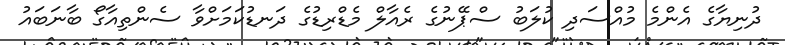
ދުނިޔާގެ އެންމެ މުއްސަދި ކުލަބު ސްޕޭނުގެ ރެއާލް މެޑްރިޑުގެ ދަނޑުކަމަށްވާ ސެންތިއާގޯ ބާނަބައު